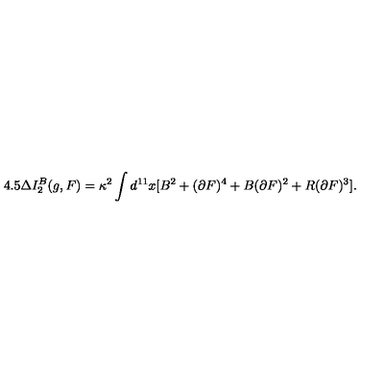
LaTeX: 4 . 5 \Delta I _ { 2 } ^ { B } ( g , F ) = \kappa ^ { 2 } \int d ^ { 1 1 } x [ B ^ { 2 } + ( \partial F ) ^ { 4 } + B ( \partial F ) ^ { 2 } + R ( \partial F ) ^ { 3 } ] .